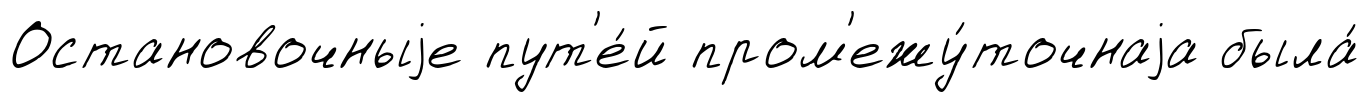
Остановочныjе пут'е́й пром'ежу́точнаjа была́